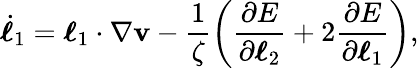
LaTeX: \dot{\boldsymbol{\ell}}_{1}=\boldsymbol{\ell}_{1}\cdot\nabla\mathbf{v}-\frac{1}{\zeta}\left(\frac{\partial E}{\partial{\boldsymbol{\ell}_{2}}}+2\frac{\partial E}{\partial{\boldsymbol{\ell}_{1}}}\right),